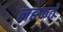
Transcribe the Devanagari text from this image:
लहकते